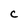
Character: C